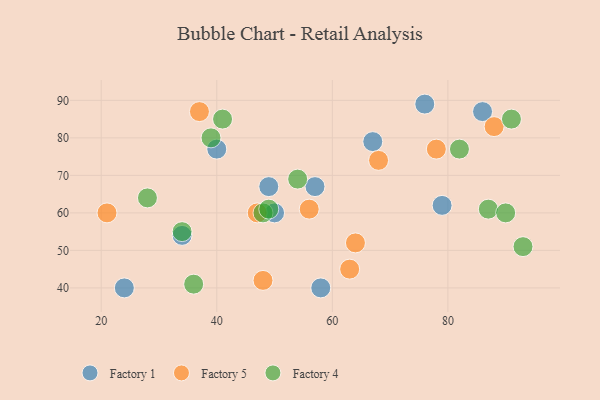
{"axis": {"x": "GDP", "y": "Life Expectancy"}, "legend": ["Factory 1", "Factory 4", "Factory 5"], "data": [{"x": "34", "y": 54, "type": "Factory 1"}, {"x": "58", "y": 40, "type": "Factory 1"}, {"x": "40", "y": 77, "type": "Factory 1"}, {"x": "24", "y": 40, "type": "Factory 1"}, {"x": "67", "y": 79, "type": "Factory 1"}, {"x": "49", "y": 67, "type": "Factory 1"}, {"x": "57", "y": 67, "type": "Factory 1"}, {"x": "79", "y": 62, "type": "Factory 1"}, {"x": "50", "y": 60, "type": "Factory 1"}, {"x": "86", "y": 87, "type": "Factory 1"}, {"x": "76", "y": 89, "type": "Factory 1"}, {"x": "88", "y": 83, "type": "Factory 5"}, {"x": "56", "y": 61, "type": "Factory 5"}, {"x": "78", "y": 77, "type": "Factory 5"}, {"x": "63", "y": 45, "type": "Factory 5"}, {"x": "68", "y": 74, "type": "Factory 5"}, {"x": "21", "y": 60, "type": "Factory 5"}, {"x": "47", "y": 60, "type": "Factory 5"}, {"x": "37", "y": 87, "type": "Factory 5"}, {"x": "64", "y": 52, "type": "Factory 5"}, {"x": "48", "y": 42, "type": "Factory 5"}, {"x": "91", "y": 85, "type": "Factory 4"}, {"x": "39", "y": 80, "type": "Factory 4"}, {"x": "34", "y": 55, "type": "Factory 4"}, {"x": "87", "y": 61, "type": "Factory 4"}, {"x": "28", "y": 64, "type": "Factory 4"}, {"x": "90", "y": 60, "type": "Factory 4"}, {"x": "93", "y": 51, "type": "Factory 4"}, {"x": "48", "y": 60, "type": "Factory 4"}, {"x": "82", "y": 77, "type": "Factory 4"}, {"x": "41", "y": 85, "type": "Factory 4"}, {"x": "49", "y": 61, "type": "Factory 4"}, {"x": "54", "y": 69, "type": "Factory 4"}, {"x": "36", "y": 41, "type": "Factory 4"}]}